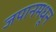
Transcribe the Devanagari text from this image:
जपानमधून